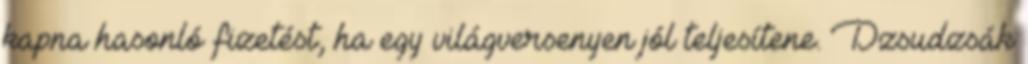
kapna hasonló fizetést, ha egy világversenyen jól teljesítene. Dzsudzsák